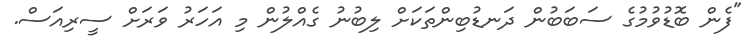
"ފެން ބޮޑުވުމުގެ ސަބަބުން ދަނޑުބިންތަކަށް ލިބުނު ގެއްލުން މި އަހަރު ވަރަށް ސީރިއަސް.